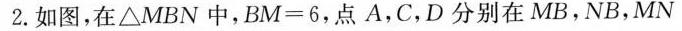
2.如图，在\bigtriangleup MBN中，$$B M = 6$$，点A，C，D分别在MB，NB，MN